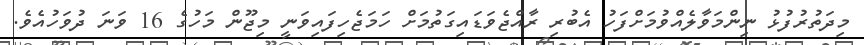
މިދަތުރުފުޅު ނިންމަވާލެއްވުމަށްފަހު އެބުރި ރާއްޖެވަޑައިގަތުމަށް ހަމަޖެހިފައިވަނީ މިޖޫން މަހުގެ 16 ވަނަ ދުވަހުއެވެ.